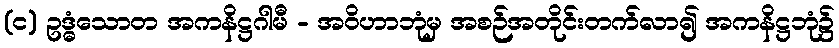
(င) ဥဒ္ဓံသောတ အကနိဋ္ဌဂါမီ - အဝိဟာဘုံမှ အစဉ်အတိုင်းတက်လာ၍ အကနိဋ္ဌဘုံ၌